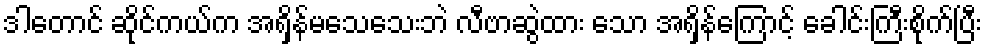
ဒါတောင် ဆိုင်ကယ်က အရှိန်မသေသေးဘဲ လီဗာဆွဲထား သော အရှိန်ကြောင့် ခေါင်းကြီးစိုက်ပြီး